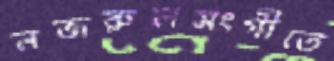
নজরুলসংগীতে